King Institute of Preventive Medicine Micro-Biological Section reports 1909-11
Year: 1909
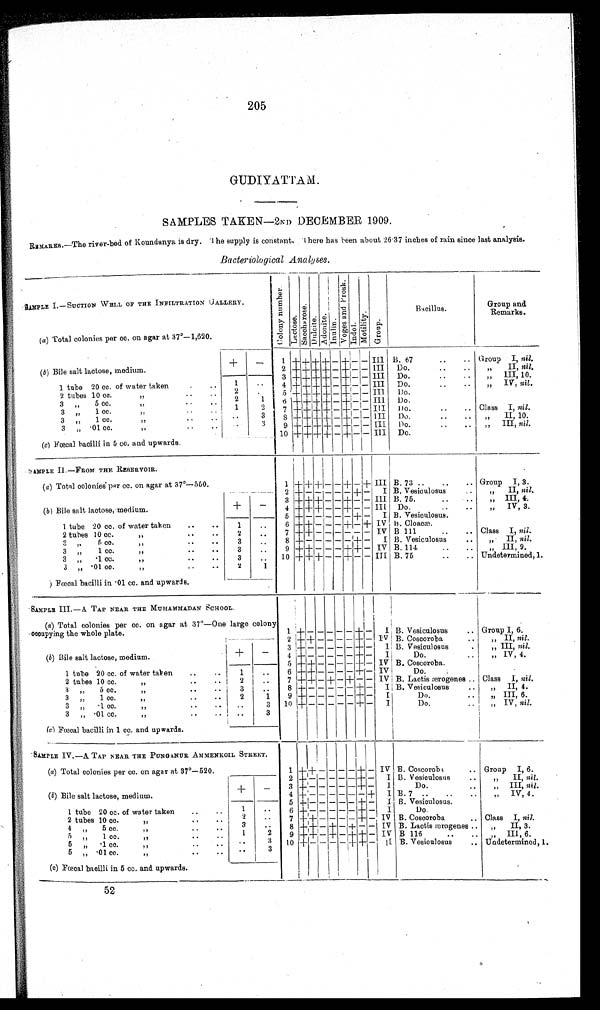
205
GUDIYATTAM .
SAMPLES TAKEN—2ND DECEMBER 1909.
REMARKS.—The river-bed of Koundanya is dry. the supply is constant, there has been about 26..37 inches of rain since last analysis.
Bacteriological Analyses.
S A M P L E I . — S U C T I O N W E L L O F T H E I N F I L T R A T I O N G A L L E R Y .
(a) Total colonies per cc. on agar at 37°-1,620.
C o l o n y N u m b e r .
L a c t o s e .
S a c c h a r o s e .
D u l c i t e .
Adoni t e.
I n u l i n .
V o g e s a n d P r o s k .
I n d o l .
Mo t i l i t y .
Gr o u p .
Ba c i l l u s .
Group and
Remarks.
Group I, nil.
1
+ + + + - +
- - Ill B. 67
..
..
(b) Bile salt lactose, medium.
-
+
"
II, nil.
2 + + +
+
- + - - III Do.
•
Do.
..
,, III, 10.
3 + + + + - + - - III
1 tube 20 cc. of water taken
.
..
1
• •
Do.
IV, nil .
4 + + + + - + - - III
2 tubes 10 cc.
2
Do.
5 + + + + - + - - III
1)
.
3
5 cc.
I,
• •
••
2
... 6 + + + + - + -
- III Do.
3 „
1 cc.
..
1
..
Do.
..
.. Class I, nil.
7 + + + + - + - - III
"
II, 10.
8 +
+ + + - + - - III
Do.
3 „
1 cc.
"
• •
3
III, nil.
9 + + + + - + - - III Do.
3 „ •01 cc.
..
..
3
10
+
+ +
+ - -
-
- III Do.
Group I, 3.
(c) Fœcal bacilli in 5 cc. and upwards.
SAMPLE II.—FROM THE RESERVOIR.
( a ) Total colonies per cc. on agar at 37°-550.
B. 73 ..
..
..
1 + + +
-
- + -
+
III
B. Vesieulosus
„
II, nil.
2 + + + - - - + -
I
(b)Bile salt lactose, medium.
+
—
„ III, 4.
3 + + + - - + - - III B. 75.
Do.
..
..
„ IV, 3.
4 + + + - - + - - III
5 + + - - - - + -
B. Vesiculosus.
1 tube 20 cc. of water taken
..
..
1
..
H. Cloacæ.
6 + + - - - + - + IV
Class I, nil.
B 111
..
..
7 + + - - - - - - IV
2 tubes 10 cc.
• •
• .
2
..
B. Vesiculosus
..
„ II, nil.
3
5 cc.
"
..
• •
3
..
8 + + - - - - + -
I
3 „
1 cc.
"
..
..
3
..
B.114
III 9
9 + + - - - + + - IV
B. 75
.. .
. Undetermined, 1.
3 „
•1 cc.
"
..
..
3
..
10
+
+
+ - -
+
-
- III
3 „ •01 cc.
"
1
Fœcal baci l l i i n . 01 cc. and upwar ds.
SAMPLE III.—A. TAP NEAR THE MUHAMMADAN SCHOOL.
(a) Total colonies per cc. on agar at 37°—One large colony
occupying the whole plate.
Group I, 6.
1 +
-
- - - -
-
I B. Vesiculosus
„ II, nil.
2 + + - - - - + - IV B. Coscoroba
(b) Bile salt lactose, medium.
+
-
„ III, nil.
B. Vesioulosus
.
3 + - - - - - + -
I
Do.
„ IV, 4.
4 + - - - - - + -
I
B. Coscoroba.
5 + + - - - - + - IV
1 tube 20 cc. of water taken
..
..
1
..
6 + + - - - - + - IV
Do.
B. Lactis ærogenes .. Class I, nil.
7 + + - + - + - - IV
2 tubes 10 cc.
..
..
2
..
„II, 4.
8 + - - - - - + -
I B. Vesiculosus
..
3 „
5 cc
9 + - - - - - + -
I
Do.
..
„ III, 6.
3 „
1 cc.
„
1
Do.
..
„ IV, nil.
Group I, 6.
10
+
- - - - - + -
I
3 „
.1 cc.
"
3
3 „ .01 cc.,,..
..
.
(c) Fœcal bacilli in 1 cc. and upwards.
SAMPLE IV.—A TAP NEAR THE PUNGANUR. AMMENKOIL STREET.
(a) Total colonies per cc. on agar at 37°—520.
B. Coscorob..
1
+
+ - - -
-
+ - IV
2 + - - - - - + -
I B. Vesiculosus
..
„
II, nil.
( b ) Bile salt lactose, medium.
+
-
3 + - - - - - ± -
I
Do.
..
„ III, nil.
4 + - - - - - - + I B. 7 ..
..
..
„ IV, 4.
5 + - - - -
+ -
I B. Vesieulosus.
1 tube 20 cc. of water taken
..
..
1
• •
6 + - - - - - + -
I
Do
2 tubes 10 cc.
2
• '
7 + + - - - - + - IV B. Coscoroba
. • Class I, nil.
4 „
5 cc.
.. 3
• -
8 + + - + - + - - IV B. Lactis ;crogenes ..
„
II, 3.
9 + + - + - + + - IV
5 „
1 cc.
17
1
2
B 116
..
III, 6.
B. Vesieulosu.s.
•. . Undetermined, 1.
5 „ .1 cc.
"
3
10 + + - - - + + -
I
5 „ .01 cc.
"
..
• •
3
( c) Fœcal bacilli in 5 cc. and upwards.